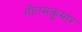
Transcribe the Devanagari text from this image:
गौतमकुमार